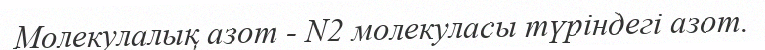
Молекулалық азот - N2 молекуласы түріндегі азот.